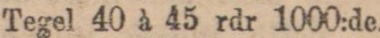
Tegel 40 à 45 rdr 1000:de.